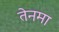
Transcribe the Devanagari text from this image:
तेनमा